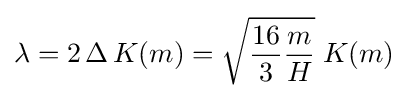
\lambda =2\,\Delta \,K(m)={\sqrt {{\frac {16}{3}}{\frac {m}{H}}}}\;K(m)